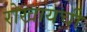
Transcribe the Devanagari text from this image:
रोखायची